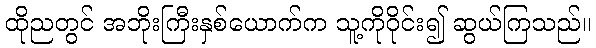
ထိုညတွင် အဘိုးကြီးနှစ်ယောက်က သူ့ကိုဝိုင်း၍ ဆွယ်ကြသည်။